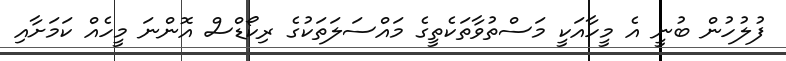
ފުލުހުން ބުނީ އެ މީހާއަކީ މަސްތުވާތަކެތީގެ މައްސަލަތަކުގެ ރިކޯޑްސް އޮންނަ މީހެއް ކަމަށާއި